On a parasite found in the white corpuscles of the blood of dogs - Number 14
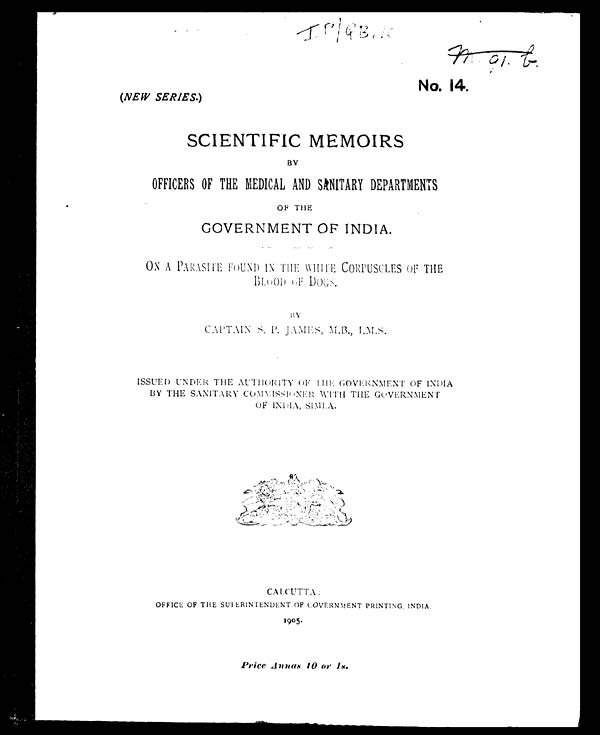
IP/QB,10
No. 14.
(NEW SERIES. )
SCIENTIFIC MEMOIRS
BY
OFFICERS OF THE MEDICAL AND SANITARY DEPARTMENTS
OF THE
GOVERNMENT OF INDIA.
ON A PARASITE FOUND IN THE WHITE CORPUSCLES OF THE
BLOOD OF DOGS.
BY
CAPTAIN S. P. JAMES, M.B., I.M.S.
ISSUED UNDER THE AUTHORITY OF THE GOVERNMENT OF INDIA
BY THE SANITARY COMMISSIONER WITH THE GOVERNMENT
OF INDIA, SIMLA.
CALCUTTA:
OFFICE OF THE SUPERINTENDENT OF GOVERNMENT PRINTING INDIA.
1905.
Price Annas 10 or 18.